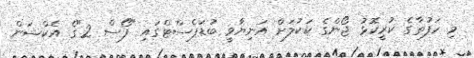
މި ހަފުތާގެ ކުރީކޮޅު ޖޯންގެ ކަކުލަށް އަނިޔާވީ ބުޑަޕެސްޓްގައި "ފޯސް 2"ގެ އެކްޝަން